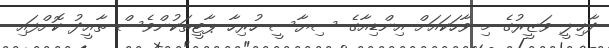
ދާޚިލީ ވަޒީރުގެ މި ވާހަކައަށް އިންޑިއާގެ ސިޔާސީ ހުރިހާ ޕާޓީތަކުންވެސް ތާއީދު ކޮށްފައި